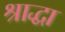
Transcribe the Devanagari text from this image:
श्राद्धा